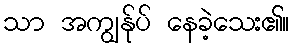
သာ အကျွန်ုပ် နေခဲ့သေး၏။